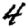
Digit: 4